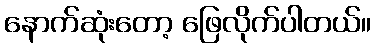
နောက်ဆုံးတော့ ဖြေလိုက်ပါတယ်။